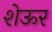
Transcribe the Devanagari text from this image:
शेऊर